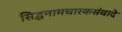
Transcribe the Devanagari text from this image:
सिद्धनामधारकसंवादे